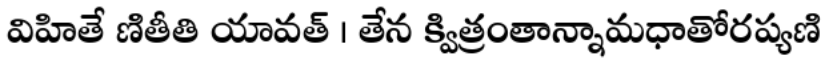
విహితే ణితీతి యావత్ । తేన క్విత్రంతాన్నామధాతోరప్యణి